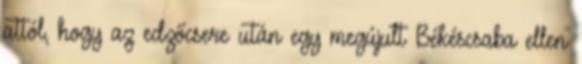
attól, hogy az edzőcsere után egy megújult Békéscsaba ellen